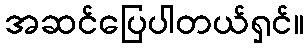
အဆင်ပြေပါတယ်ရှင်။